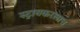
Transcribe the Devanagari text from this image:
स्ट्रायकरलाच